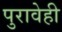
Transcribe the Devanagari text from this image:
पुरावेही